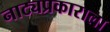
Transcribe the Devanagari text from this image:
नाट्यप्रकाराला